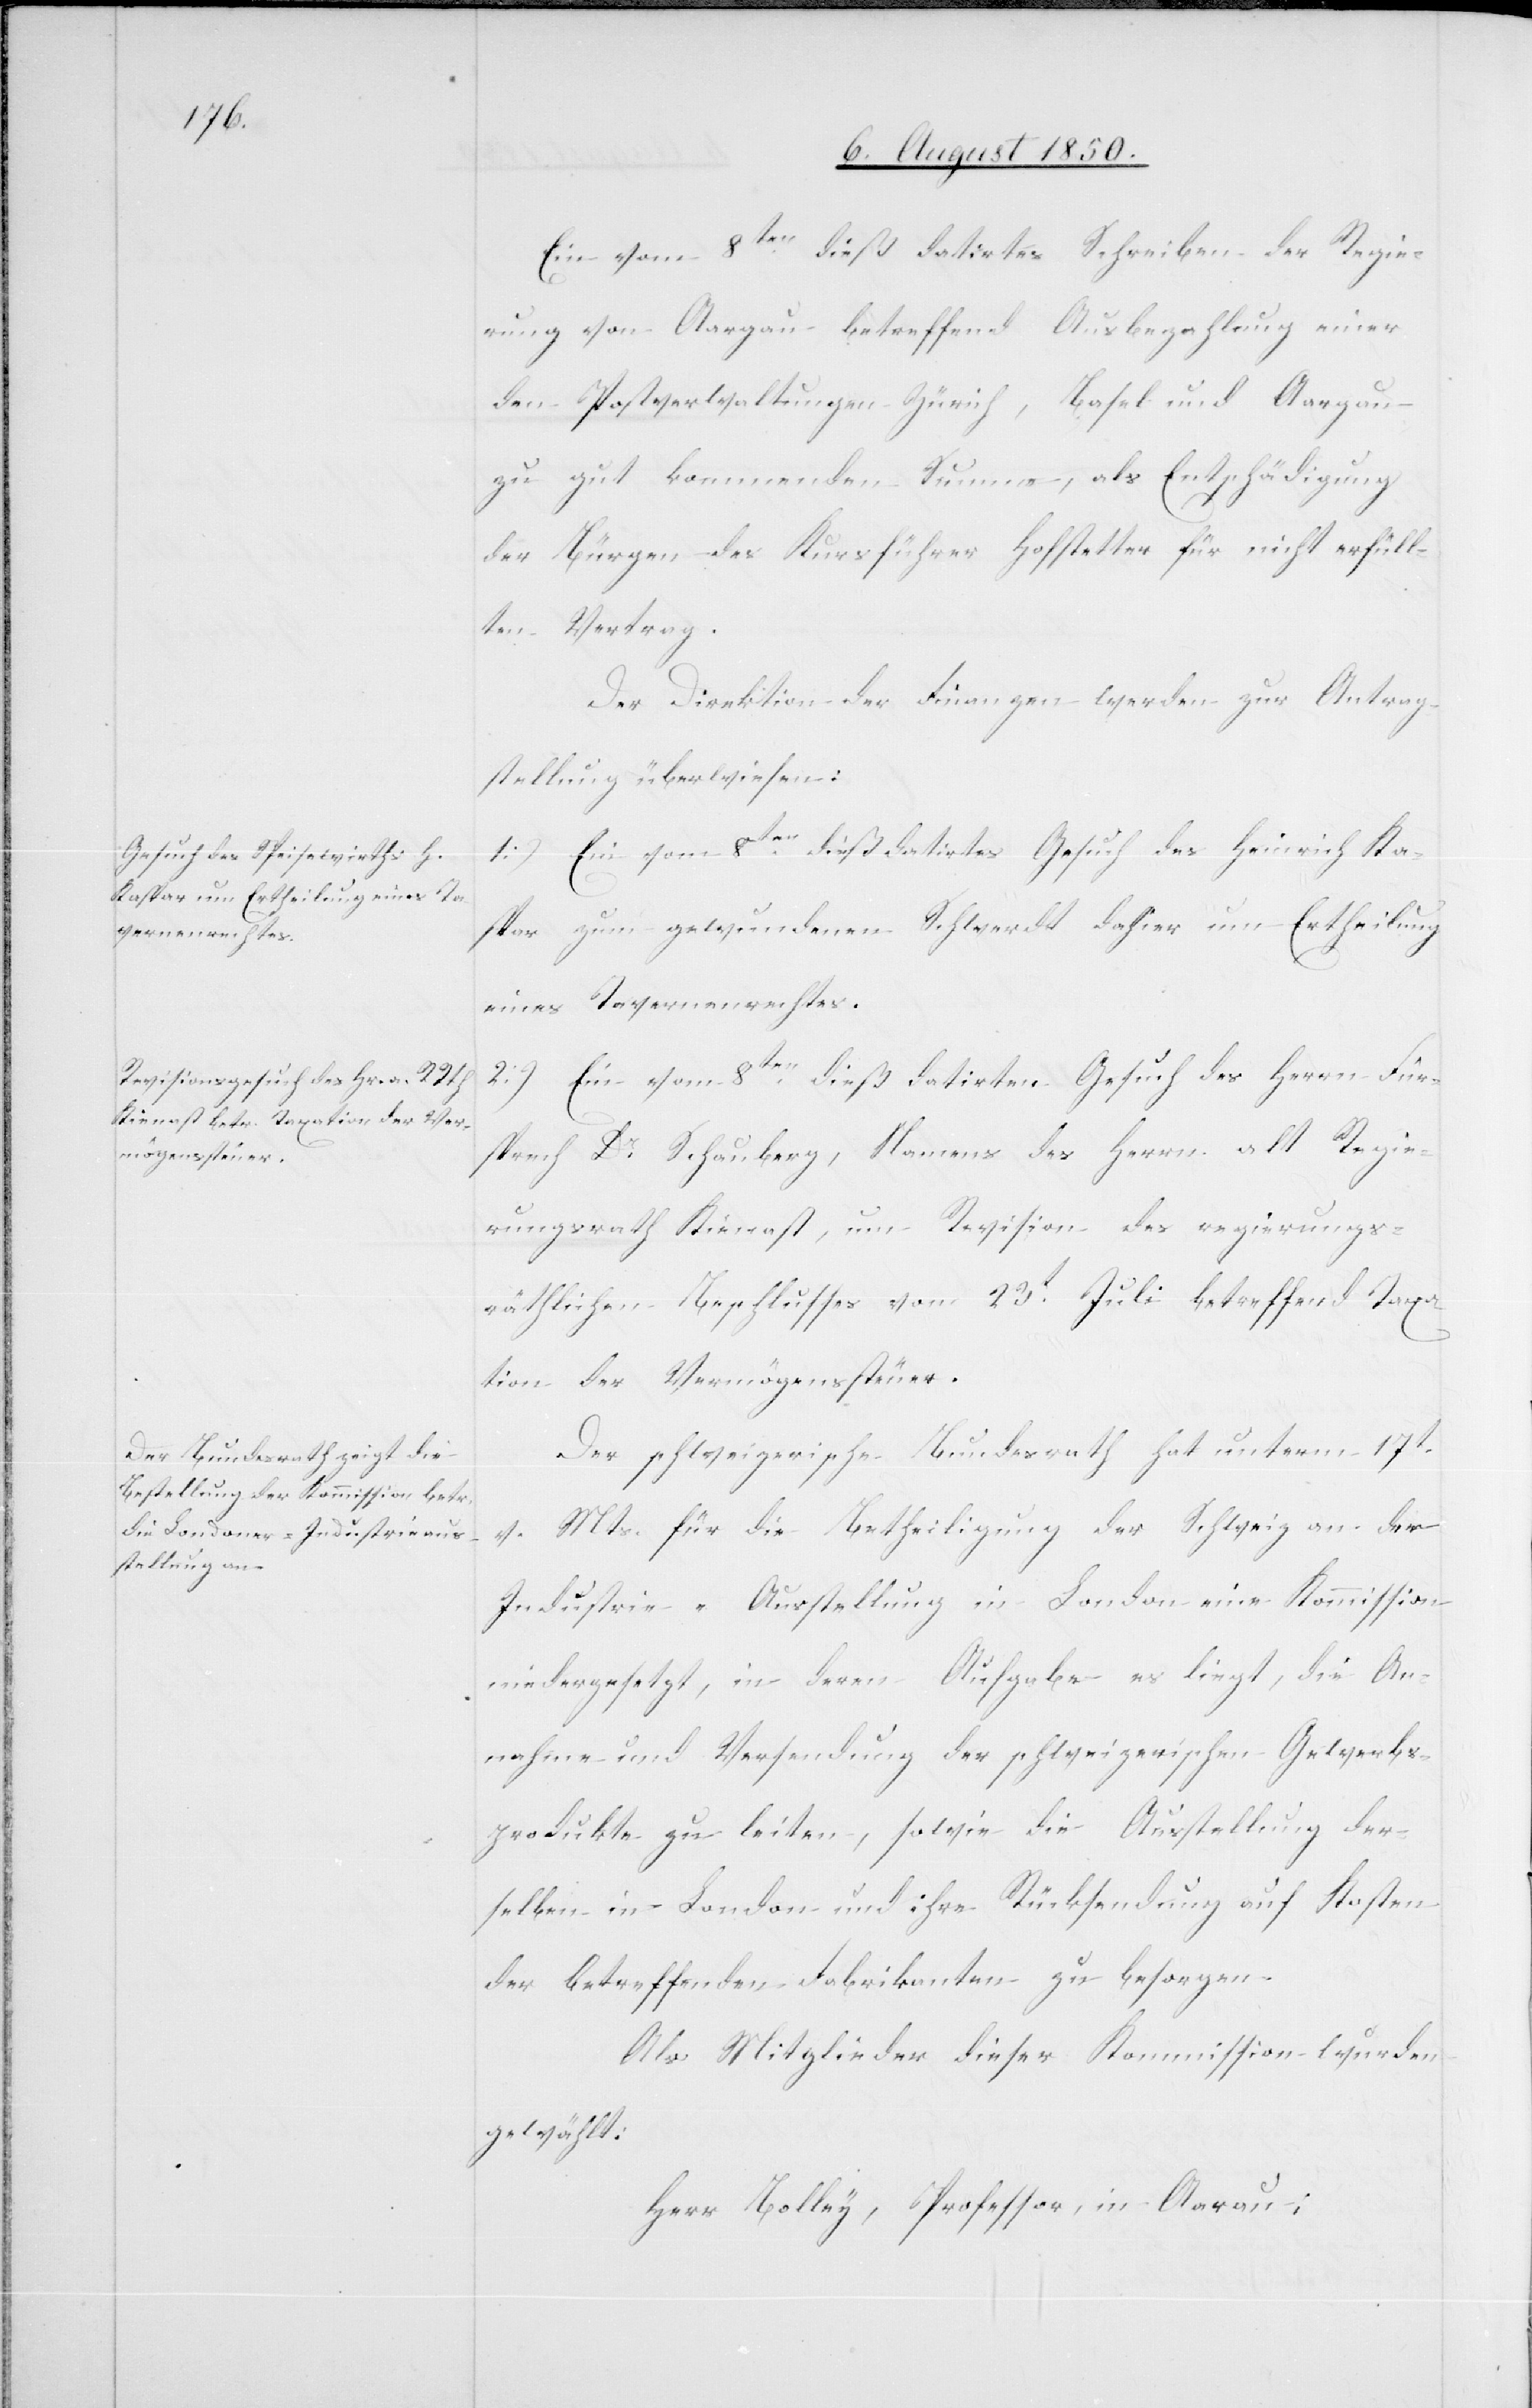
Ein vom 8ten dieß datirtes Schreiben der Regie¬
rung von Aargau betreffend Ausbezahlung einer
den Postverwaltungen Zürich, Basel und Aargau
zu gut kommenden Summe, als Entschädigung
der Bürgen des Kursführer Hofstetter für nicht erfüll¬
ten Vertrag.
Der Direktion der Finanzen werden zur Antrag¬
stellung überwiesen:
1) Ein vom 8ten dieß datirtes Gesuch des Heinrich Ka¬
spar zum gewundenen Schwerdt dahier um Ertheilung
eines Tavernenrechtes.
2) Ein vom 8ten dieß datirten Gesuch des Herrn Für¬
sprech Dr Schauberg, Namens des Herrn alt Regie¬
rungsrath Kienast, um Revision des regierungs¬
räthlichen Beschlusses vom 23t Juli betreffend Taxa¬
tion der Vermögenssteuer.
Der schweizerische Bundesrath hat unterm 17t
v. Mts. für die Betheiligung der Schweiz an der
Industrie-Ausstellung in London eine Kommission
niedergesetzt, in deren Aufgabe es liegt, die An¬
nahme und Versendung der schweizerischen Gewerbs¬
produkte zu leiten, sowie die Ausstellung der¬
selben in London und ihre Rücksendung auf Kosten
der betreffenden Fabrikanten zu besorgen.
Als Mitglieder dieser Kommission wurden
gewählt:
Herr	Bolley, Professor, in Aarau;